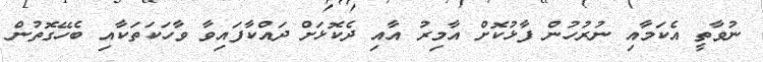
ނުވާތީ އެކަމާއި ނުރުހުން ފާޅުކޮށް އާމިރު އާއި ދެކޮޅަށް ދައްކާފައިވާ ވާހަކަތަކާއި ބެހޭގޮތުން